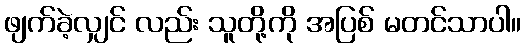
ဖျက်ခဲ့လျှင် လည်း သူတို့ကို အပြစ် မတင်သာပါ။